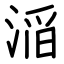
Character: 㴞